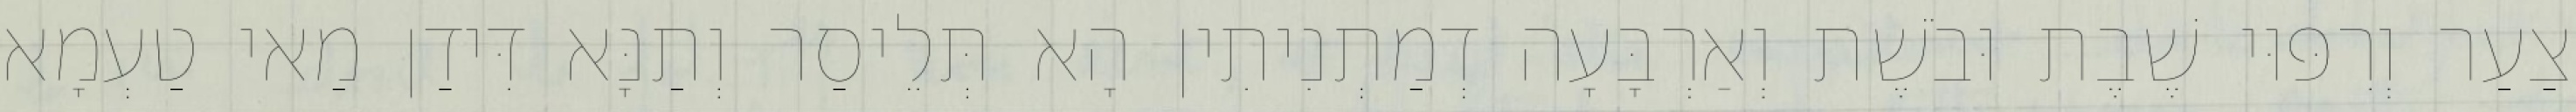
צַעַר וְרִפּוּי שֶׁבֶת וּבֹשֶׁת וְאַרְבָּעָה דְמַתְנִיתִין הָא תְּלֵיסַר וְתַנָּא דִּידַן מַאי טַעְמָא